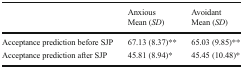
<table><thead><tr><td></td><td><b>Anxious</b></td><td><b>Avoidant</b></td></tr><tr><td></td><td><b>Mean (<i>SD</i>)</b></td><td><b>Mean (<i>SD</i>)</b></td></tr></thead><tbody><tr><td>Acceptance prediction before SJP</td><td>67.13 (8.37)**</td><td>65.03 (9.85)**</td></tr><tr><td>Acceptance prediction after SJP</td><td>45.81 (8.94)*</td><td>45.45 (10.48)*</td></tr></tbody></table>